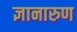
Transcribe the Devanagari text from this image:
ज्ञानारुण